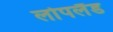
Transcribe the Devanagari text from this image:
लोपलैंड